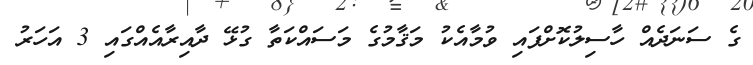
ގެ ސަނަދެއް ހާސިލުކޮށްފައި ވުމާއެކު މަޤާމުގެ މަސައްކަތާ ގުޅޭ ދާއިރާއެއްގައި 3 އަހަރު